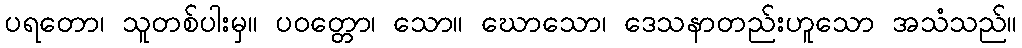
ပရတော၊ သူတစ်ပါးမှ။ ပဝတ္တော၊ သော။ ဃောသော၊ ဒေသနာတည်းဟူသော အသံသည်။